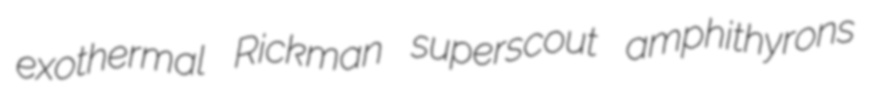
exothermal Rickman superscout amphithyrons